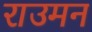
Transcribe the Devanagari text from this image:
राउमन